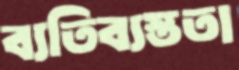
ব্যতিব্যস্ততা